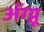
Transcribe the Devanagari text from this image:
अॅग्न्यू